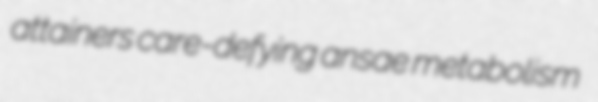
attainers care-defying ansae metabolism